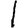
Digit: 1